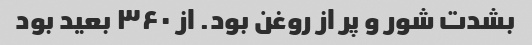
بشدت شور و پر از روغن بود. از ۳۶۰ بعید بود